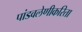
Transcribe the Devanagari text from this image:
पांडवलेणीकरिता